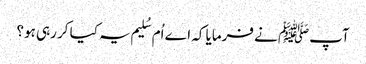
آپﷺ نے فرمایا کہ اے اُم سُلیم یہ کیا کر رہی ہو؟